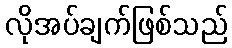
လိုအပ်ချက်ဖြစ်သည်